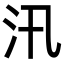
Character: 汛